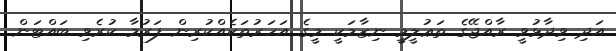
އަދި ވިދާޅުވީ ރާއްޖޭގެ ތަޢުލީމީ ނިޒާމަކީ މީގެ އަހަރުތަކެއްކުރިން ފަރުމާ ކުރެވި ބައްޓަން